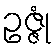
ဥဇ္ဇုံ